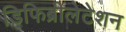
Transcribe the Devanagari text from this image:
डिफिब्रीलेटेशन